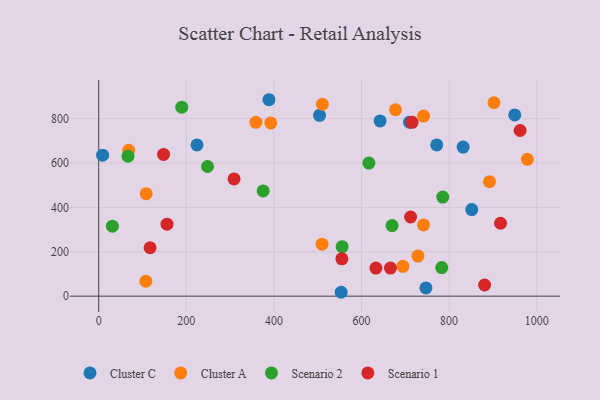
{"axis": {"x": "Speed", "y": "Yield"}, "legend": ["Cluster A", "Cluster C", "Scenario 1", "Scenario 2"], "data": [{"x": "771.8", "y": 681.4, "type": "Cluster C"}, {"x": "950.0", "y": 816.6, "type": "Cluster C"}, {"x": "642.5", "y": 789.7, "type": "Cluster C"}, {"x": "747.2", "y": 36.9, "type": "Cluster C"}, {"x": "388.7", "y": 885.2, "type": "Cluster C"}, {"x": "504.2", "y": 814.7, "type": "Cluster C"}, {"x": "832.1", "y": 672.0, "type": "Cluster C"}, {"x": "8.9", "y": 635.2, "type": "Cluster C"}, {"x": "709.8", "y": 784.0, "type": "Cluster C"}, {"x": "224.4", "y": 681.7, "type": "Cluster C"}, {"x": "851.8", "y": 390.4, "type": "Cluster C"}, {"x": "553.6", "y": 17.5, "type": "Cluster C"}, {"x": "509.9", "y": 234.3, "type": "Cluster A"}, {"x": "694.6", "y": 134.6, "type": "Cluster A"}, {"x": "108.5", "y": 461.7, "type": "Cluster A"}, {"x": "728.9", "y": 180.8, "type": "Cluster A"}, {"x": "741.7", "y": 320.9, "type": "Cluster A"}, {"x": "892.3", "y": 516.1, "type": "Cluster A"}, {"x": "902.5", "y": 871.6, "type": "Cluster A"}, {"x": "741.8", "y": 811.6, "type": "Cluster A"}, {"x": "978.8", "y": 616.8, "type": "Cluster A"}, {"x": "358.8", "y": 783.2, "type": "Cluster A"}, {"x": "68.5", "y": 657.3, "type": "Cluster A"}, {"x": "510.8", "y": 864.8, "type": "Cluster A"}, {"x": "392.9", "y": 780.7, "type": "Cluster A"}, {"x": "677.7", "y": 840.1, "type": "Cluster A"}, {"x": "107.6", "y": 67.2, "type": "Cluster A"}, {"x": "66.8", "y": 630.4, "type": "Scenario 2"}, {"x": "616.9", "y": 599.6, "type": "Scenario 2"}, {"x": "31.2", "y": 315.5, "type": "Scenario 2"}, {"x": "555.8", "y": 223.2, "type": "Scenario 2"}, {"x": "669.8", "y": 317.9, "type": "Scenario 2"}, {"x": "783.2", "y": 128.6, "type": "Scenario 2"}, {"x": "785.5", "y": 446.7, "type": "Scenario 2"}, {"x": "189.6", "y": 851.7, "type": "Scenario 2"}, {"x": "375.5", "y": 474.0, "type": "Scenario 2"}, {"x": "248.4", "y": 584.3, "type": "Scenario 2"}, {"x": "666.1", "y": 126.4, "type": "Scenario 1"}, {"x": "555.2", "y": 168.2, "type": "Scenario 1"}, {"x": "712.1", "y": 356.7, "type": "Scenario 1"}, {"x": "117.3", "y": 218.1, "type": "Scenario 1"}, {"x": "148.0", "y": 638.6, "type": "Scenario 1"}, {"x": "917.5", "y": 328.6, "type": "Scenario 1"}, {"x": "881.1", "y": 50.3, "type": "Scenario 1"}, {"x": "715.6", "y": 783.2, "type": "Scenario 1"}, {"x": "155.9", "y": 324.5, "type": "Scenario 1"}, {"x": "633.0", "y": 126.5, "type": "Scenario 1"}, {"x": "309.0", "y": 528.1, "type": "Scenario 1"}, {"x": "962.2", "y": 746.5, "type": "Scenario 1"}]}